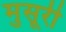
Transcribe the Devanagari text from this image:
मुसूरी